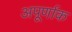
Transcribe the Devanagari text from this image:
अपूर्णाक